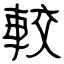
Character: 較